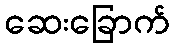
ဆေးခြောက်